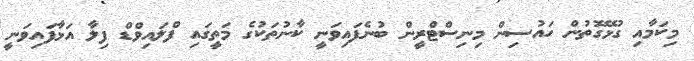
މިކަމާއި ގުޅޭގޮތުން ހައުސިން މިނިސްޓްރީން ބުނެފައިވަނީ ކާނުތަކުގެ މަތީގައި ފްލައިވްޑް ފިލާ އަޅާފައިވަނީ